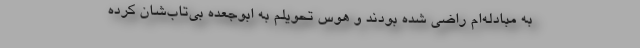
به مبادله‌ام راضی شده بودند و هوس تحویلم به ابوجعده بی‌تاب‌شان کرده